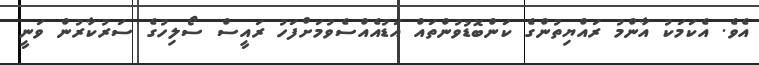
އެވެ. އެކަމަކު އާންމު ރައްޔިތުންގެ ކަންބޮޑުވުންތައް އަޑުއެއްސެވުމަށްފަހު ރައީސް ސޯލިހުގެ ސަރުކާރުން ވަނީ